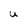
Character: U